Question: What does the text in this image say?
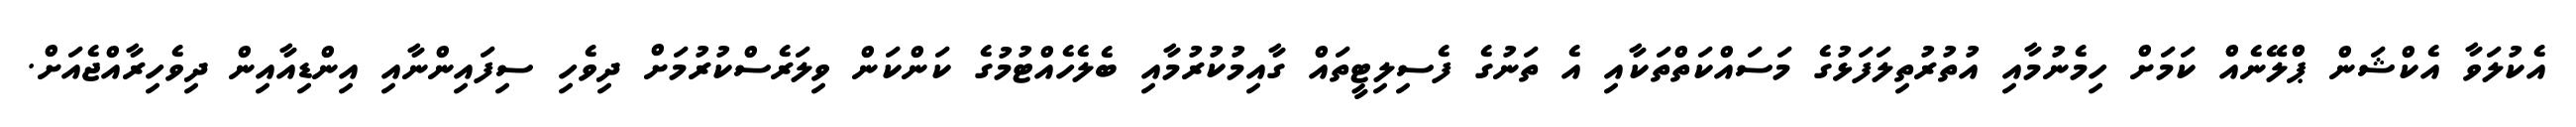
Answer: އެކުލަވާ އެކްޝަން ޕްލޭނެއް ކަމަށް ހިމެނުމާއި އުތުރުތިލަފަޅުގެ މަސައްކަތްތަކާއި އެ ތަނުގެ ފެސިލިޓީތައް ގާއިމުކުރުމާއި ބެލެހެއްޓުމުގެ ކަންކަން ވިލަރެސްކުރުމަށް ދިވެހި ސިފައިންނާއި އިންޑިއާއިން ދިވެހިރާއްޖެއަށް.